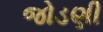
જોડણી